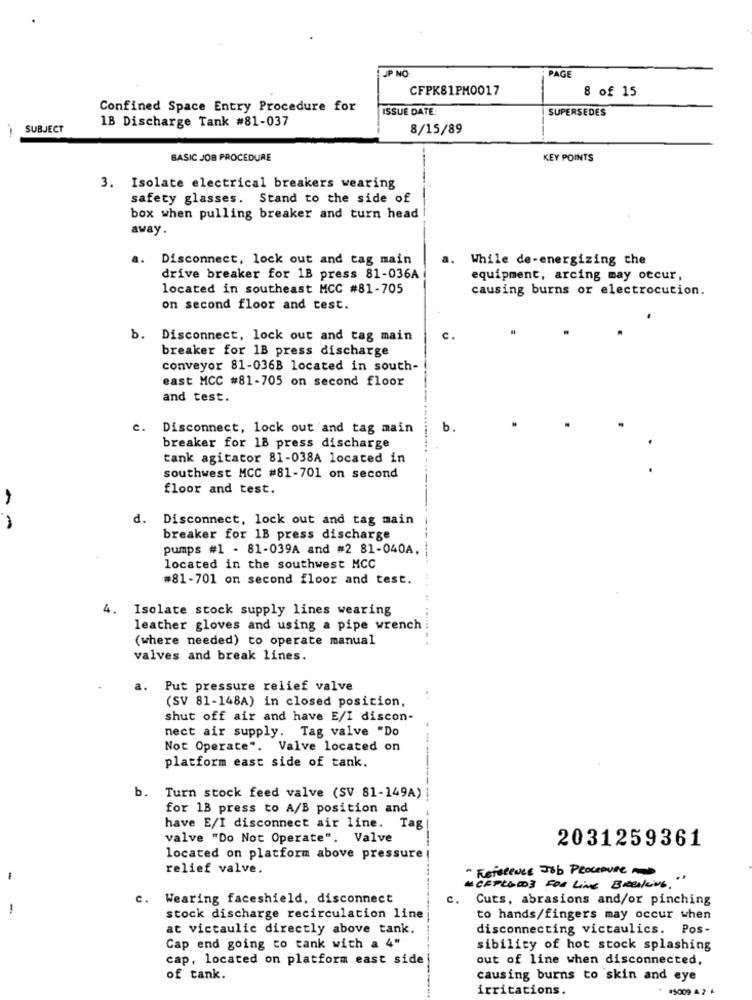
JP NO
PAG
CFPK81PM0017
8 of 15
Confined Space Entry Procedure for
ISSUE DATE:
SUPERSEDES
1B Discharge Tank #81-037
-
SUBJECT
8/15/89
BASIC JOB PROCEDURE
KEY POINTS
3. Isolate electrical breakers wearing
safety glasses. Stand to the side of
box when pulling breaker and turn head
away.
a.
Disconnect, lock out and tag main
a.
While de-energizing the
drive breaker for 1B press 81-036A
equipment, arcing may occur,
located in southeast MCC #81-705
causing burns or electrocution.
on second floor and test.
b.
Disconnect, lock out and tag main
breaker for 1B press discharge
conveyor 81-036B located in south-
east MCC #81-705 on second floor
and test.
c. Disconnect, lock out and tag main
b.
breaker for 18 press discharge
tank agitator 81-038A located in
southwest MCC #81-701 on second
floor and test.
d. Disconnect, lock out and tag main
- -
breaker for 1B press discharge
pumps #1 - 81-039A and #2 81-040A.
located in the southwest MCC
=81-701 on second floor and test.
4. Isolate stock supply lines wearing
leather gloves and using a pipe wrench
(where needed) to operate manual
valves and break lines.
a.
Put pressure relief valve
(SV 81-148A) in closed position,
. .
shut off air and have E/I discon-
nect air supply. Tag valve "Do
--
Not Operate". Valve located on
platform east side of tank.
b.
Turn stock feed valve (SV 81-149A)
for 13 press to A/B position and
have E/I disconnect air line. Tag
valve "Do Not Operate". Valve
2031259361
located on platform above pressure
relief valve.
" Reference Job PROCEDURE AD
-
MCEPLATOS FOR LiNE BREAKING."
c.
Wearing faceshield, disconnect
Cuts, abrasions and/or pinching
stock discharge recirculation line
to hands/fingers may occur when
at victaulic directly above tank.
disconnecting victaulics. Pos-
Cap end going to tank with a 4"
sibility of hot stock splashing
cap, located on platform east side
out of line when disconnected,
of tank.
causing burns to skin and eye
irritations.
#5009 4 2